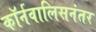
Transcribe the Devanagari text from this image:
कॉर्नवालिसनंतर